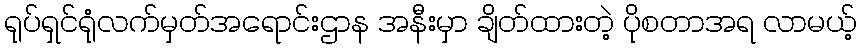
ရုပ်ရှင်ရုံလက်မှတ်အရောင်းဌာန အနီးမှာ ချိတ်ထားတဲ့ ပိုစတာအရ လာမယ့်